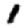
Digit: 1